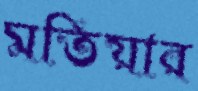
মতিয়ার